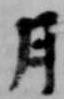
月